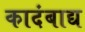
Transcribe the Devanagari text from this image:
कादंबाद्य